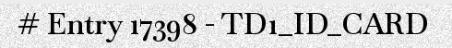
# Entry 17398 - TD1_ID_CARD